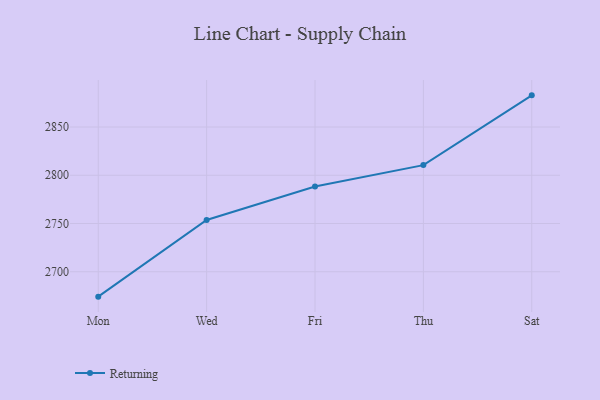
{"axis": {"x": "Day", "y": "Budget (USD K)"}, "legend": ["Returning"], "data": [{"x": "Mon", "y": 2674.2, "type": "Returning"}, {"x": "Wed", "y": 2753.6, "type": "Returning"}, {"x": "Fri", "y": 2788.4, "type": "Returning"}, {"x": "Thu", "y": 2810.5, "type": "Returning"}, {"x": "Sat", "y": 2882.8, "type": "Returning"}]}